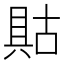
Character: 𱏶